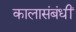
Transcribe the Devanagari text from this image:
कालासंबंधीं